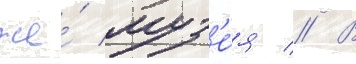
же́ муз'е́я // В